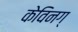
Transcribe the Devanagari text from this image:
केविनग्